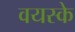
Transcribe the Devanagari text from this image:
वयस्के